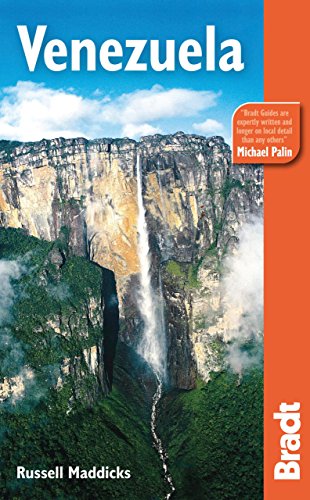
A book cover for Venezuela: The Bradt Travel Guide; Russell Maddicks; Travel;